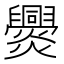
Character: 𤓕